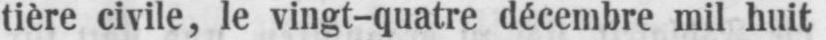
tière civile, le vingt-quatre décembre mil huit